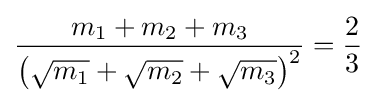
{\frac {m_{1}+m_{2}+m_{3}}{\left({\sqrt {m_{1}}}+{\sqrt {m_{2}}}+{\sqrt {m_{3}}}\right)^{2}}}={\frac {2}{3}}